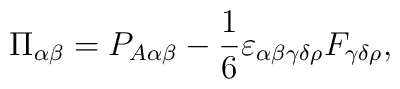
\Pi_{\alpha\beta}=P_{A\alpha\beta}-{1\over 6}\varepsilon_{\alpha\beta\gamma\delta\rho}F_{\gamma\delta\rho},